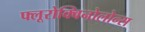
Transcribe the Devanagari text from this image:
फ्लूरोक्विनोलोन्स